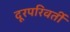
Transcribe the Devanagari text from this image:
दूरपरिवर्ती